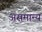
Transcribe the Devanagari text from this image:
असमान्‍य